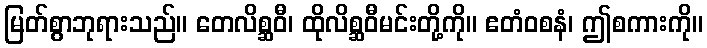
မြတ်စွာဘုရားသည်။ တေလိစ္ဆဝီ၊ ထိုလိစ္ဆဝီမင်းတို့ကို။ ဧတံဝစနံ၊ ဤစကားကို။